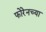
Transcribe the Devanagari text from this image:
फोरेनच्या